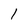
Character: 1